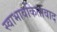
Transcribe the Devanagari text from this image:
स्वाभावकितावाद